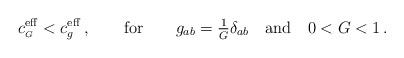
LaTeX: \begin{align*} c^{\rm eff}_{\scriptscriptstyle G} < c^{\rm eff}_g \,, \qquad {\rm for} \qquad g_{ab} = {\textstyle \frac{1}{G} } \delta_{ab} \quad {\rm and} \quad 0<G<1 \,.\end{align*}